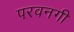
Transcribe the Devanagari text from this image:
परवनगी